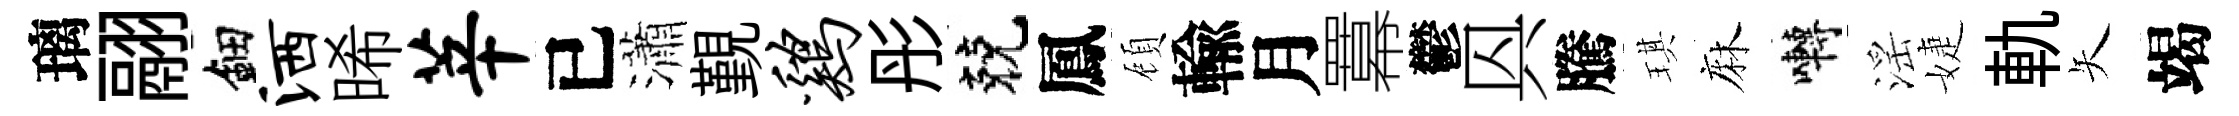
璃翮鈿洒晞莘已瀟覲鸡彤兢鳳頋輸月羃鬱㒷騰琪麻囀滛婕軌矢竭